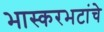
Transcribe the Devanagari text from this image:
भास्करभटांचे